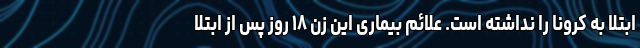
ابتلا به کرونا را نداشته است. علائم بیماری این زن ۱۸ روز پس از ابتلا